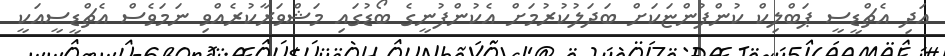
އަދި އެޗްޑީސީ ޕަބްލިކް ކުންފުންޏަކަށް ބަދަލުކުރުމަށް އެކުންފުނީގެ ބޯޑުގައި މަޝްވަރާކުރެއްވި ނަމަވެސް އެޗްޑީސީއަކީ